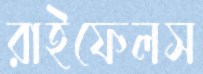
রাইফেলস